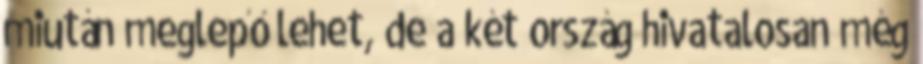
miután meglepő lehet, de a két ország hivatalosan még